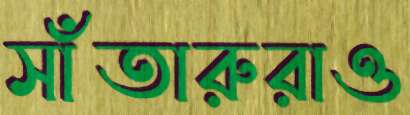
সাঁতারুরাও